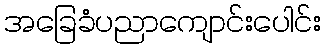
အခြေခံပညာကျောင်းပေါင်း